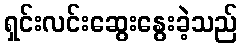
ရှင်းလင်းဆွေးနွေးခဲ့သည်